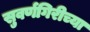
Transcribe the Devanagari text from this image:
सुवर्णगिरीच्या